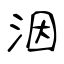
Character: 洇